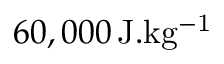
6 0 , 0 0 0 \, \mathrm { J . k g ^ { - 1 } }